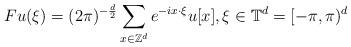
LaTeX: \begin{align*}Fu(\xi)=(2\pi)^{-\frac{d}{2}}\sum_{x\in\mathbb{Z}^d}e^{-ix\cdot \xi}u[x], \xi \in \mathbb{T}^d=[-\pi,\pi)^d\end{align*}